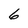
Character: 6